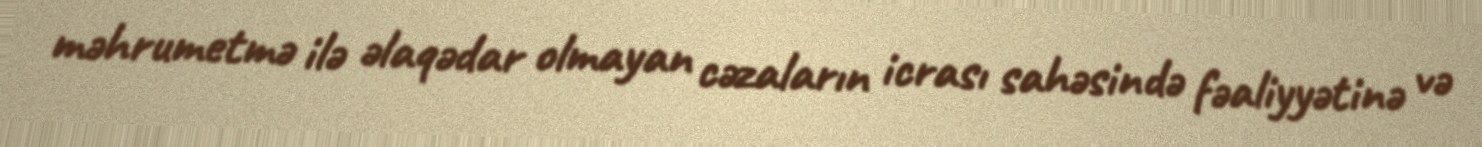
məhrumetmə ilə əlaqədar olmayan cəzaların icrası sahəsində fəaliyyətinə və